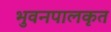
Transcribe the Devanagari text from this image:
भुवनपालकृत